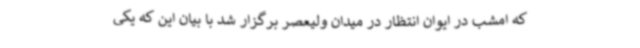
که امشب در ایوان انتظار در میدان ولیعصر برگزار شد با بیان این که یکی